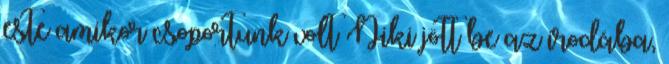
este amikor csoportunk volt Niki jött be az irodába,